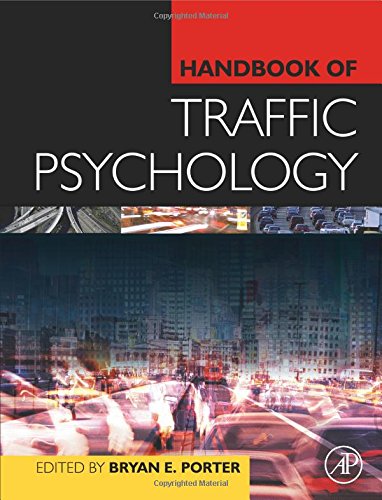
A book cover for Handbook of Traffic Psychology; Medical Books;